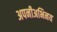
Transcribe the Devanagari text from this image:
अपनीअभिनय